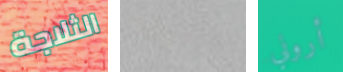
الثلاجة الزنزانة أروني